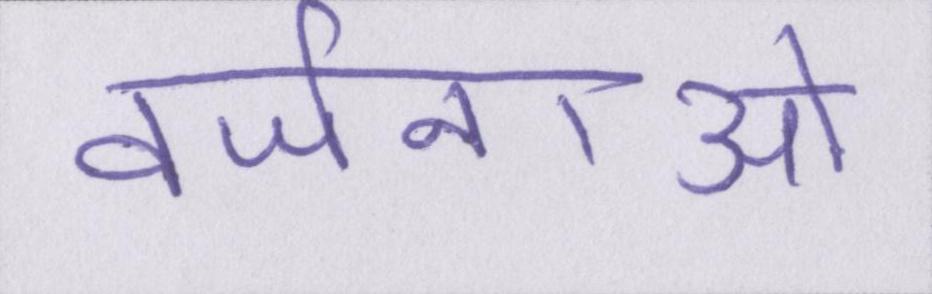
वर्जनाओं